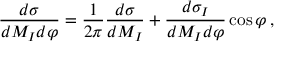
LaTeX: \frac { d \sigma } { d M _ { I } d \varphi } = \frac { 1 } { 2 \pi } \frac { d \sigma } { d M _ { I } } + \frac { d \sigma _ { I } } { d M _ { I } d \varphi } \cos \varphi \, ,